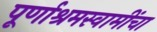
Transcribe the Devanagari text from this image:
पूर्णाश्रमस्वामींचा